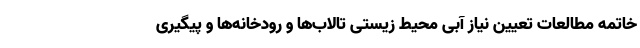
خاتمه مطالعات تعیین نیاز آبی محیط زیستی تالاب‌ها و رودخانه‌ها و پیگیری